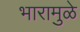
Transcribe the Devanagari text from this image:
भारामुळे